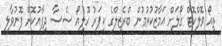
ތިއޯ ވޮލްކޮޓް ގޯލަށް އަމާޒުކުރުމުން ބްރެޒިލްގެ ކީޕަރު ހޫލިއޯ ސެސާ ދިފާއުކޮށް ފޮނުވާލި